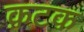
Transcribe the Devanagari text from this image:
क़टक